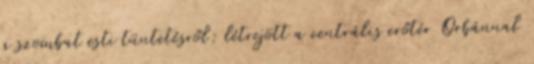
a szombat esti tüntetésről: létrejött a centrális erőtér Orbánnal